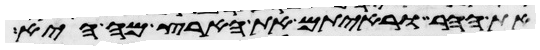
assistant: את ההר וראיתם את הארץ מה היא